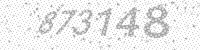
Solution: 873148